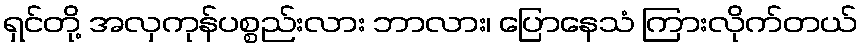
ရှင်တို့ အလှကုန်ပစ္စည်းလား ဘာလား၊ ပြောနေသံ ကြားလိုက်တယ်